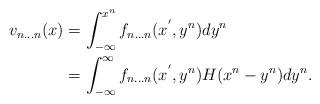
LaTeX: \begin{align*}v_{n\dots n}(x) &= \int_{-\infty}^{x^n}f_{n\dots n}(x^{'},y^n)dy^n\\&= \int_{-\infty}^{\infty}f_{n\dots n}(x^{'},y^n)H(x^n-y^n)dy^n.\end{align*}